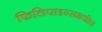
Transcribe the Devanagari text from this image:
फिलिपाइन्समधील